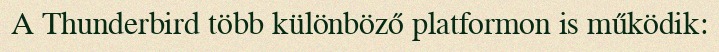
A Thunderbird több különböző platformon is működik: